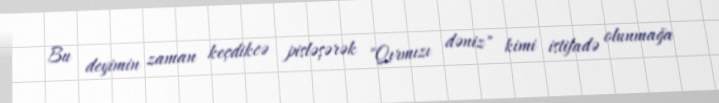
Bu deyimin zaman keçdikcə pisləşərək "Qırmızı dəniz" kimi istifadə olunmağa